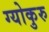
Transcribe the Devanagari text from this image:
ग्योकुरु